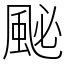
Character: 䫾